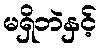
မရှိဘဲနှင့်